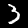
Label: 3